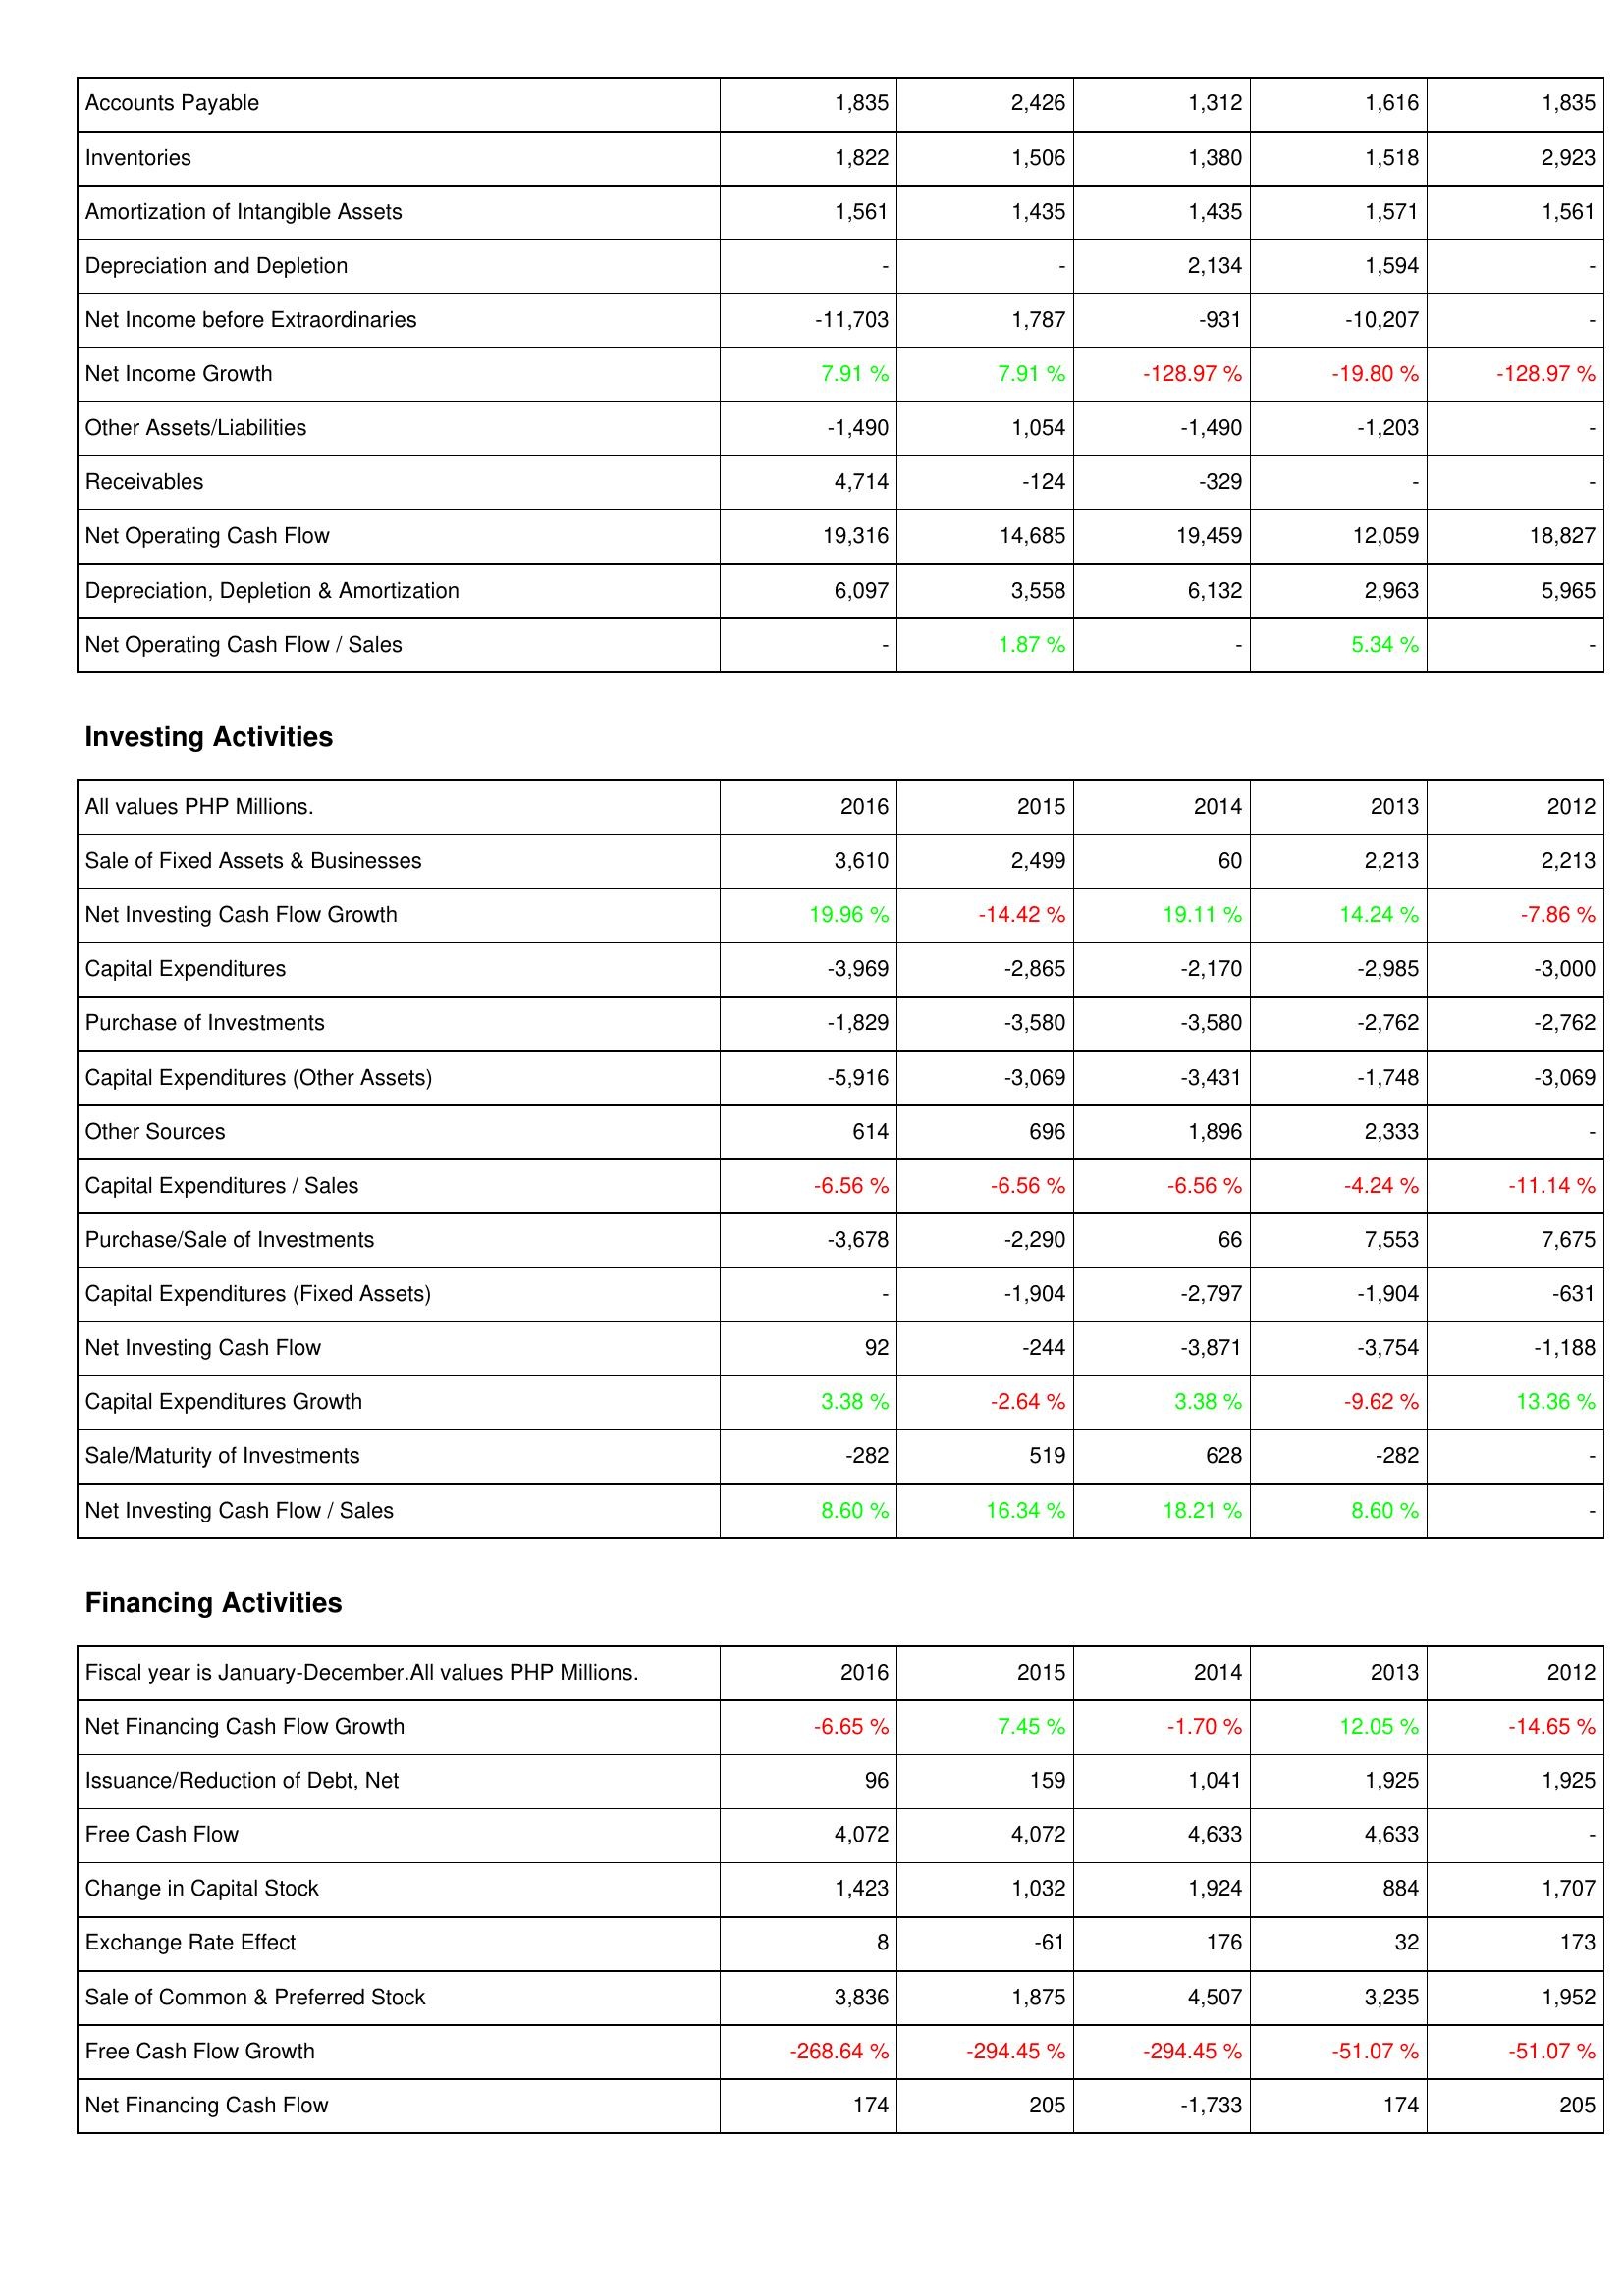
2016: Operating Activities: Accounts Payable: 1,835
Inventories: 1,822
Amortization of Intangible Assets: 1,561
Depreciation and Depletion: -
Net Income before Extraordinaries: -11,703
Net Income Growth: 7.91 %
Other Assets/Liabilities: -1,490
Receivables: 4,714
Net Operating Cash Flow: 19,316
Depreciation, Depletion & Amortization: 6,097
Net Operating Cash Flow / Sales: -
Investing Activities: Sale of Fixed Assets & Businesses: 3,610
Net Investing Cash Flow Growth: 19.96 %
Capital Expenditures: -3,969
Purchase of Investments: -1,829
Capital Expenditures (Other Assets): -5,916
Other Sources: 614
Capital Expenditures / Sales: -6.56 %
Purchase/Sale of Investments: -3,678
Capital Expenditures (Fixed Assets): -
Net Investing Cash Flow: 92
Capital Expenditures Growth: 3.38 %
Sale/Maturity of Investments: -282
Net Investing Cash Flow / Sales: 8.60 %
Financing Activities: Net Financing Cash Flow Growth: -6.65 %
Issuance/Reduction of Debt, Net: 96
Free Cash Flow: 4,072
Change in Capital Stock: 1,423
Exchange Rate Effect: 8
Sale of Common & Preferred Stock: 3,836
Free Cash Flow Growth: -268.64 %
Net Financing Cash Flow: 174
2015: Operating Activities: Accounts Payable: 2,426
Inventories: 1,506
Amortization of Intangible Assets: 1,435
Depreciation and Depletion: -
Net Income before Extraordinaries: 1,787
Net Income Growth: 7.91 %
Other Assets/Liabilities: 1,054
Receivables: -124
Net Operating Cash Flow: 14,685
Depreciation, Depletion & Amortization: 3,558
Net Operating Cash Flow / Sales: 1.87 %
Investing Activities: Sale of Fixed Assets & Businesses: 2,499
Net Investing Cash Flow Growth: -14.42 %
Capital Expenditures: -2,865
Purchase of Investments: -3,580
Capital Expenditures (Other Assets): -3,069
Other Sources: 696
Capital Expenditures / Sales: -6.56 %
Purchase/Sale of Investments: -2,290
Capital Expenditures (Fixed Assets): -1,904
Net Investing Cash Flow: -244
Capital Expenditures Growth: -2.64 %
Sale/Maturity of Investments: 519
Net Investing Cash Flow / Sales: 16.34 %
Financing Activities: Net Financing Cash Flow Growth: 7.45 %
Issuance/Reduction of Debt, Net: 159
Free Cash Flow: 4,072
Change in Capital Stock: 1,032
Exchange Rate Effect: -61
Sale of Common & Preferred Stock: 1,875
Free Cash Flow Growth: -294.45 %
Net Financing Cash Flow: 205
2014: Operating Activities: Accounts Payable: 1,312
Inventories: 1,380
Amortization of Intangible Assets: 1,435
Depreciation and Depletion: 2,134
Net Income before Extraordinaries: -931
Net Income Growth: -128.97 %
Other Assets/Liabilities: -1,490
Receivables: -329
Net Operating Cash Flow: 19,459
Depreciation, Depletion & Amortization: 6,132
Net Operating Cash Flow / Sales: -
Investing Activities: Sale of Fixed Assets & Businesses: 60
Net Investing Cash Flow Growth: 19.11 %
Capital Expenditures: -2,170
Purchase of Investments: -3,580
Capital Expenditures (Other Assets): -3,431
Other Sources: 1,896
Capital Expenditures / Sales: -6.56 %
Purchase/Sale of Investments: 66
Capital Expenditures (Fixed Assets): -2,797
Net Investing Cash Flow: -3,871
Capital Expenditures Growth: 3.38 %
Sale/Maturity of Investments: 628
Net Investing Cash Flow / Sales: 18.21 %
Financing Activities: Net Financing Cash Flow Growth: -1.70 %
Issuance/Reduction of Debt, Net: 1,041
Free Cash Flow: 4,633
Change in Capital Stock: 1,924
Exchange Rate Effect: 176
Sale of Common & Preferred Stock: 4,507
Free Cash Flow Growth: -294.45 %
Net Financing Cash Flow: -1,733
2013: Operating Activities: Accounts Payable: 1,616
Inventories: 1,518
Amortization of Intangible Assets: 1,571
Depreciation and Depletion: 1,594
Net Income before Extraordinaries: -10,207
Net Income Growth: -19.80 %
Other Assets/Liabilities: -1,203
Receivables: -
Net Operating Cash Flow: 12,059
Depreciation, Depletion & Amortization: 2,963
Net Operating Cash Flow / Sales: 5.34 %
Investing Activities: Sale of Fixed Assets & Businesses: 2,213
Net Investing Cash Flow Growth: 14.24 %
Capital Expenditures: -2,985
Purchase of Investments: -2,762
Capital Expenditures (Other Assets): -1,748
Other Sources: 2,333
Capital Expenditures / Sales: -4.24 %
Purchase/Sale of Investments: 7,553
Capital Expenditures (Fixed Assets): -1,904
Net Investing Cash Flow: -3,754
Capital Expenditures Growth: -9.62 %
Sale/Maturity of Investments: -282
Net Investing Cash Flow / Sales: 8.60 %
Financing Activities: Net Financing Cash Flow Growth: 12.05 %
Issuance/Reduction of Debt, Net: 1,925
Free Cash Flow: 4,633
Change in Capital Stock: 884
Exchange Rate Effect: 32
Sale of Common & Preferred Stock: 3,235
Free Cash Flow Growth: -51.07 %
Net Financing Cash Flow: 174
2012: Operating Activities: Accounts Payable: 1,835
Inventories: 2,923
Amortization of Intangible Assets: 1,561
Depreciation and Depletion: -
Net Income before Extraordinaries: -
Net Income Growth: -128.97 %
Other Assets/Liabilities: -
Receivables: -
Net Operating Cash Flow: 18,827
Depreciation, Depletion & Amortization: 5,965
Net Operating Cash Flow / Sales: -
Investing Activities: Sale of Fixed Assets & Businesses: 2,213
Net Investing Cash Flow Growth: -7.86 %
Capital Expenditures: -3,000
Purchase of Investments: -2,762
Capital Expenditures (Other Assets): -3,069
Other Sources: -
Capital Expenditures / Sales: -11.14 %
Purchase/Sale of Investments: 7,675
Capital Expenditures (Fixed Assets): -631
Net Investing Cash Flow: -1,188
Capital Expenditures Growth: 13.36 %
Sale/Maturity of Investments: -
Net Investing Cash Flow / Sales: -
Financing Activities: Net Financing Cash Flow Growth: -14.65 %
Issuance/Reduction of Debt, Net: 1,925
Free Cash Flow: -
Change in Capital Stock: 1,707
Exchange Rate Effect: 173
Sale of Common & Preferred Stock: 1,952
Free Cash Flow Growth: -51.07 %
Net Financing Cash Flow: 205